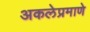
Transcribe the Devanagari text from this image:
अकलेप्रमाणे